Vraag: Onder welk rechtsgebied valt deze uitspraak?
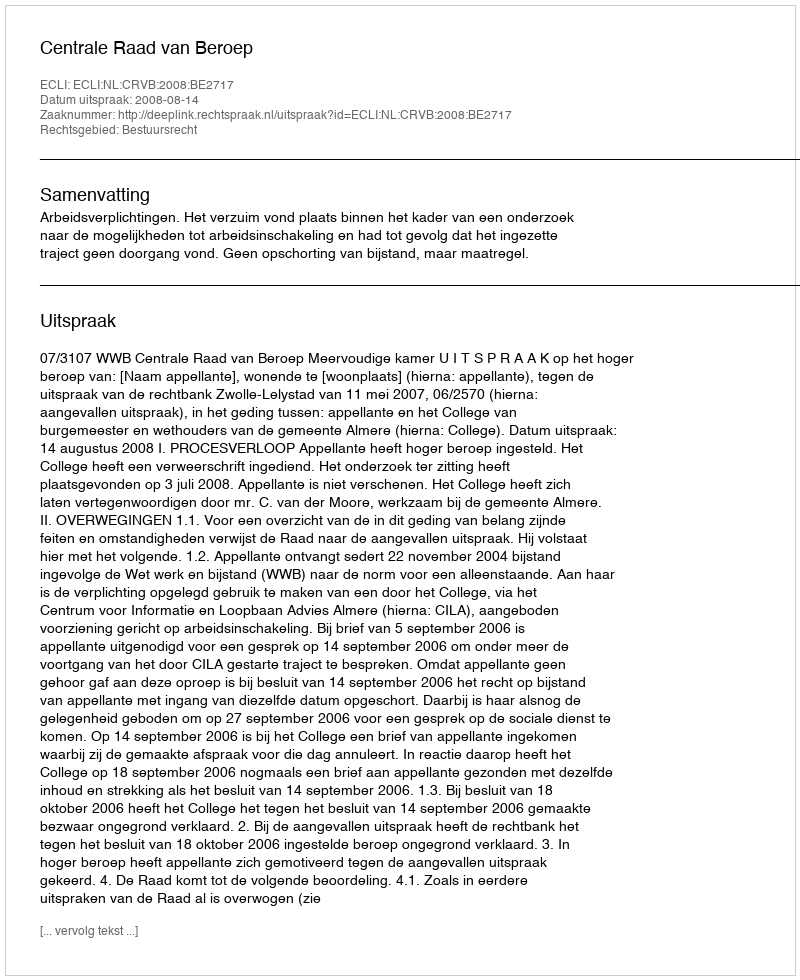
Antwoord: Bestuursrecht